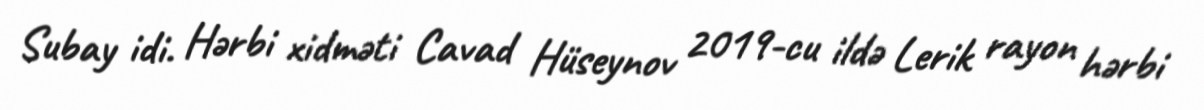
Subay idi. Hərbi xidməti Cavad Hüseynov 2019-cu ildə Lerik rayon hərbi